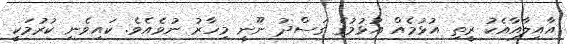
އާއިލާއާއެކު ރީތި އުޅުމެއް އުޅުމުގެ ގަސްދު ނޫނީ މިހާރު ނުވެއެވެ. ކައިވެނި ކުރުމަކީ